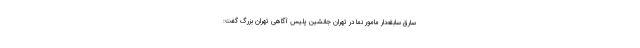
سارق سابقه‌دار مامور نما در تهران جانشین پلیس آگاهی تهران بزرگ گفت: